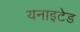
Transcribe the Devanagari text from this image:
यनाइटेड